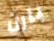
بارن